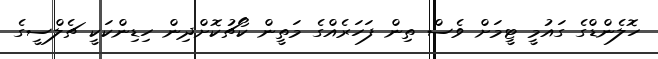
ހޮލެންޑްގެ ގައުމީ ޓީމަށް ވެސް ތިން ފަހަރެއްގެ މަތީން ކޯޗުކޮށްދިން ހިޑިންކަކީ ޗެލްސީގެ